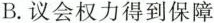
B.议会权力得到保障